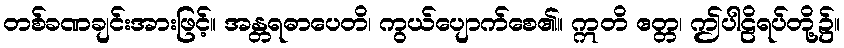
တစ်ခဏချင်းအားဖြင့်။ အန္တရဓာပေတိ၊ ကွယ်ပျောက်စေ၏။ ဣတိ ဧတ္တ၊ ဤပါဠိရပ်တို့၌။